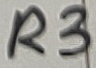
Text: R3